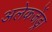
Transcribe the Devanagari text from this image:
अलेकजेंड्रा